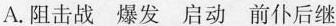
A.阻击战 爆发 启动 前仆后继